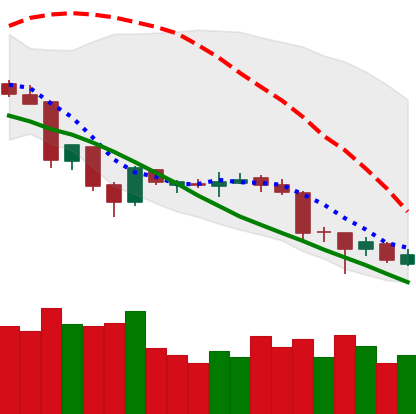
Ticker: XLM-USD
Chart end date: 2018-06-27
Forward return: 12.402%
Label: up_7plus